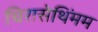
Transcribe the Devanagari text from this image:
चिरासेथिंमम